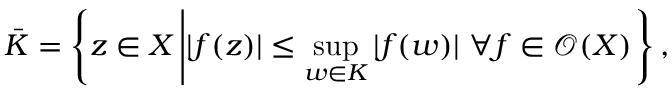
{ \bar { K } } = \left\{ z \in X \left| | f ( z ) | \leq \operatorname* { s u p } _ { w \in K } | f ( w ) | \ \forall f \in { \mathcal { O } } ( X ) \right. \right\} ,